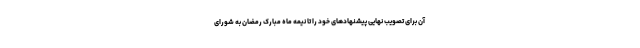
آن برای تصویب نهایی پیشنهادهای خود را تا نیمه ماه مبارک رمضان به شورای